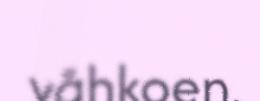
våhkoen.